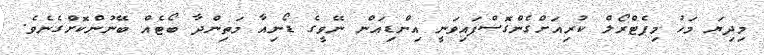
މިދިޔަ މަހު މިޕެޓްރޯލް ކުރިއަށްގެންގޮސްފައިވަނީ އިންޑިއަން ނޭވީގެ ޑޯނިއާ މަތިންދާ ބޯޓެއް ބޭނުންކޮށްގެނެވެ.